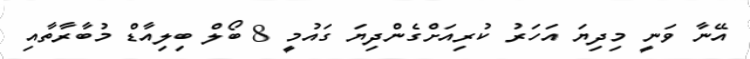
އޭނާ ވަނީ މިދިޔަ އަހަރު ކުރިއަށްގެންދިޔަ ގައުމީ 8 ބޯލް ބިލިއާޑް މުބާރާތާއި